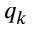
q _ { k }